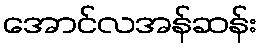
အောင်လအန်ဆန်း